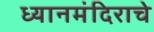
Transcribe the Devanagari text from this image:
ध्यानमंदिराचे